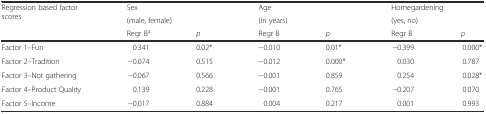
<table><thead><tr><td rowspan="2"><b>Regression based factor scores</b></td><td colspan="2"><b>Sex</b></td><td colspan="2"><b>Age</b></td><td colspan="2"><b>Homegardening</b></td></tr><tr><td colspan="2"><b>(male, female)</b></td><td colspan="2"><b>(in years)</b></td><td colspan="2"><b>(yes, no)</b></td></tr><tr><td></td><td><b>Regr B<sup>a</sup></b></td><td><b><i>p</i></b></td><td><b>Regr B</b></td><td><b><i>p</i></b></td><td><b>Regr B</b></td><td><b><i>p</i></b></td></tr></thead><tbody><tr><td>Factor 1–Fun</td><td>0.341</td><td>0.02*</td><td>−0.010</td><td>0.01*</td><td>−0.399</td><td>0.000*</td></tr><tr><td>Factor 2–Tradition</td><td>−0.074</td><td>0.515</td><td>−0.012</td><td>0.000*</td><td>0.030</td><td>0.787</td></tr><tr><td>Factor 3–Not gathering</td><td>−0.067</td><td>0.566</td><td>−0.001</td><td>0.859</td><td>0.254</td><td>0.028*</td></tr><tr><td>Factor 4–Product Quality</td><td>0.139</td><td>0.228</td><td>−0.001</td><td>0.765</td><td>−0.207</td><td>0.070</td></tr><tr><td>Factor 5–Income</td><td>−0.017</td><td>0.884</td><td>0.004</td><td>0.217</td><td>0.001</td><td>0.993</td></tr></tbody></table>